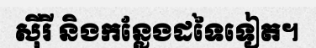
ស៊ីរី និងកន្លែងដទៃទៀត។